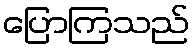
ပြောကြသည်